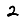
Digit: 2